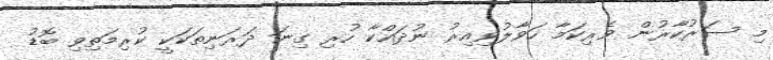
މި ސަރުކާރުން ވެރިކަމާ ހަވާލުވިއިރު ނުދައްކާ ހުރި ގިނަ ދަރަނިތަކަކީ ކުރިމަތިވި ބޮޑު